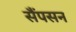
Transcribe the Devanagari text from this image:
सैंपसन